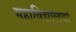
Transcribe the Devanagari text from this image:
महाविद्यालयां